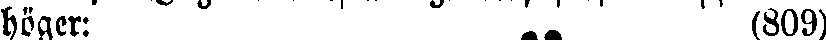
höger: (809)